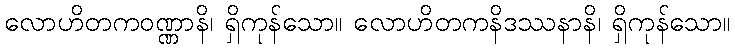
လောဟိတကဝဏ္ဏာနိ၊ ရှိကုန်သော။ လောဟိတကနိဒဿနာနိ၊ ရှိကုန်သော။